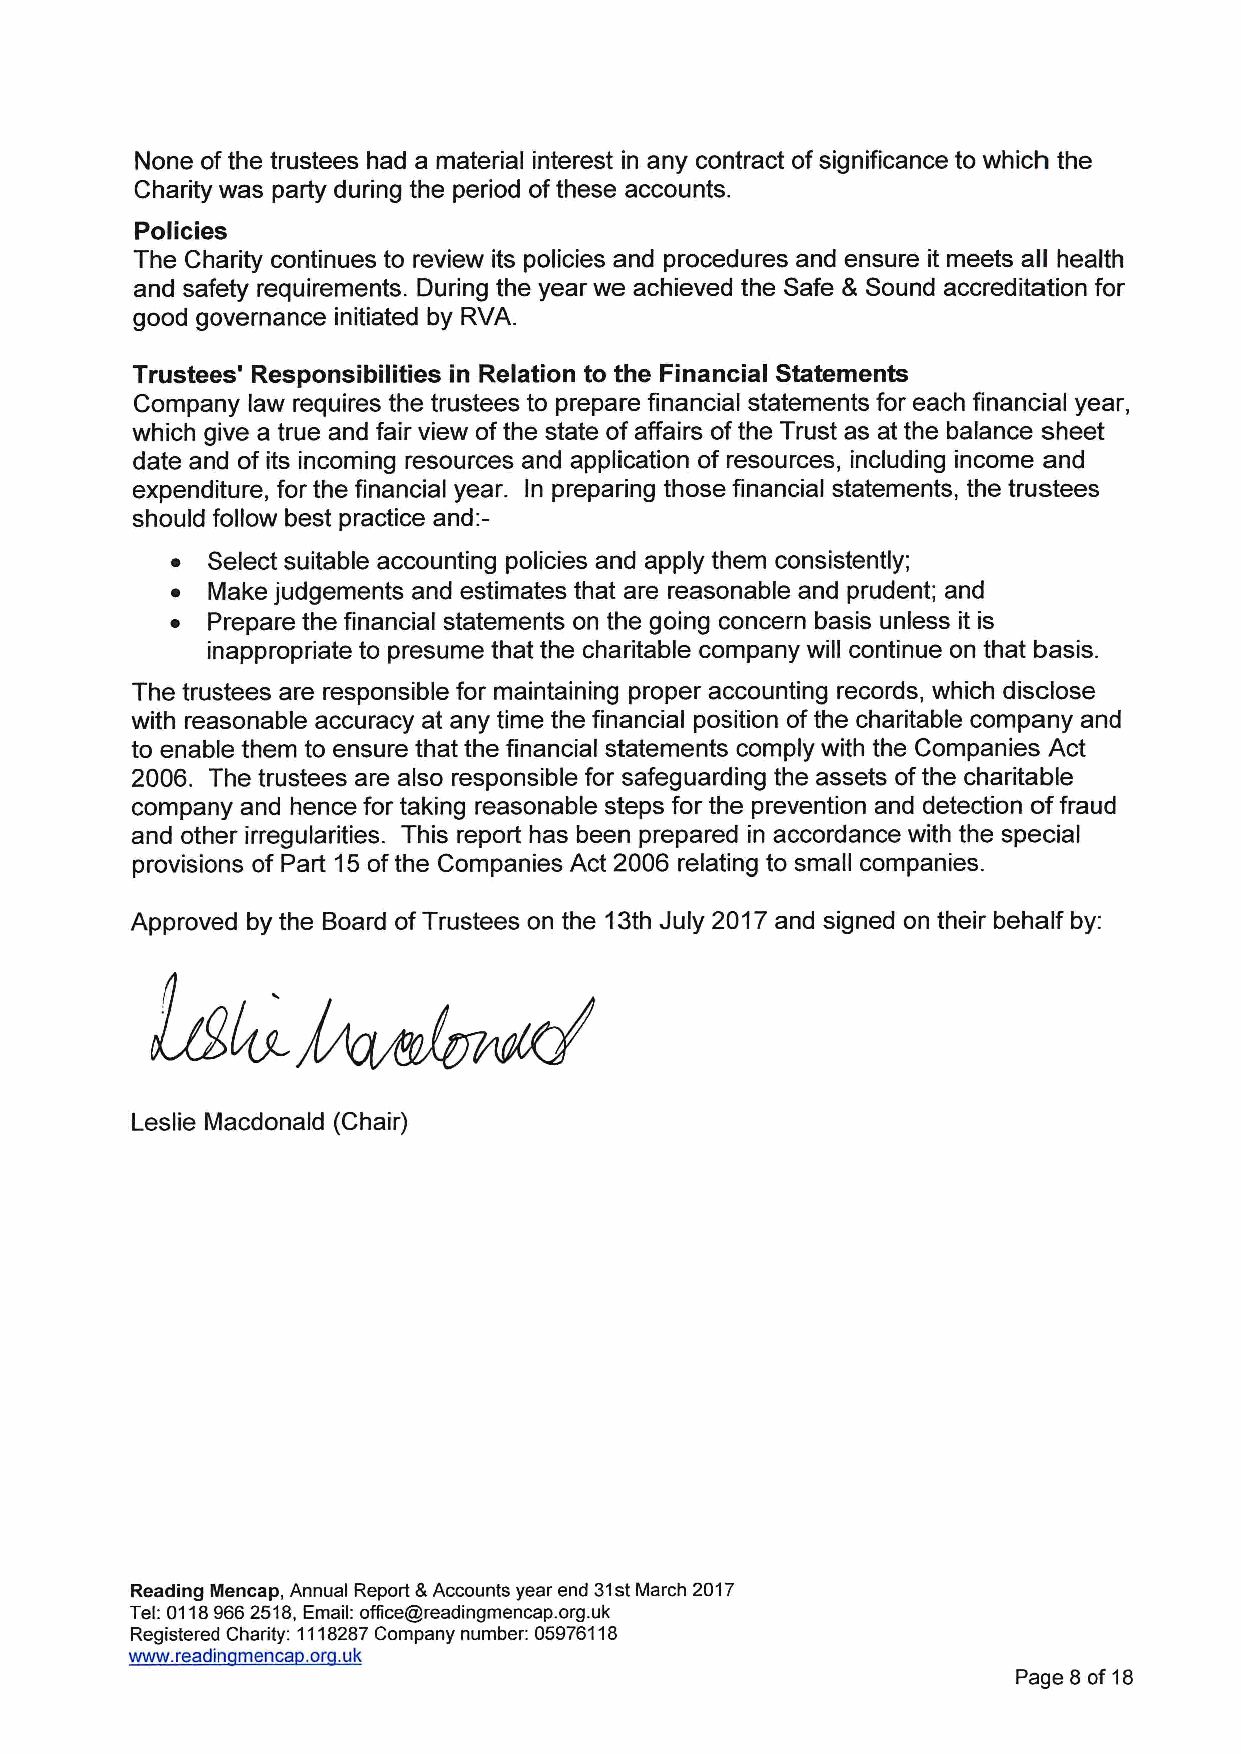
None ofthe trustees had a material interest in any contract ofsignificance to which the
 Charity was party during the period ofthese accounts.
 Policies
 The Charity continues to review its policies and procedures and ensure it meets all health
 and safety requirements. During the year we achieved the Safe & Sound accreditation for
 good governance initiated by RVA.
 Trustees' Responsibilities in Relation to the Financial Statements
 Company law requires the trustees to prepare financial statements for each financial year,
 which give a true and fair view ofthe state of affairs ofthe Trust as at the balance sheet
 date and of its incoming resources and application of resources, including income and
 expenditure, for the financial year. In preparing those financial statements, the trustees
 should follow best practice and:—
 ~  Select suitable accounting policies and apply them consistently;
 ~  Make judgements and estimates that are reasonable and prudent; and
 ~  Prepare the financial statements on the going concern basis unless it is
 inappropriate to presume that the charitable company will continue on that basis.
 The trustees are responsible for maintaining proper accounting records, which disclose
 with reasonable accuracy at any time the financial position ofthe charitable company and
 to enable them to ensure that the financial statements comply with the Companies Act
 2006. The trustees are also responsible for safeguarding the assets ofthe charitable
 company and hence for taking reasonable steps for the prevention and detection offraud
 and other irregularities. This report has been prepared in accordance with the special
 provisions of Part 15ofthe Companies Act 2006 relating to small companies.
 Approved by the Board ofTrustees on the 13th July 2017and signed on their behalf by:
 Leslie Macdonald (Chair)
 Reading Mencap, Annual Report &Accounts year end 31stMarch 2017
 Tel:01189662518,Email: office@readingmencap. org.uk
 Registered Charity: 1118287Company number: 05976118
 www. readin menca .or . uk
 Page 8 of 18